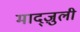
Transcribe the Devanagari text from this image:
माद्ज़ुली